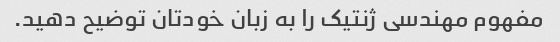
مفهوم مهندسی ژنتیک را به زبان خودتان توضیح دهید.